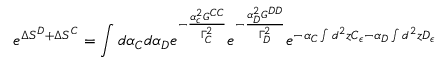
e ^ { \Delta S ^ { D } + \Delta S ^ { C } } = \int d \alpha _ { C } d \alpha _ { D } e ^ { - \frac { \alpha _ { c } ^ { 2 } G ^ { C C } } { \Gamma _ { C } ^ { 2 } } } e ^ { - \frac { \alpha _ { D } ^ { 2 } G ^ { D D } } { \Gamma _ { D } ^ { 2 } } } e ^ { - \alpha _ { C } \int d ^ { 2 } z C _ { \epsilon } - \alpha _ { D } \int d ^ { 2 } z D _ { \epsilon } }